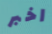
اخبر